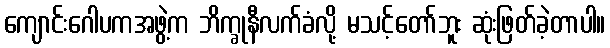
ကျောင်းဂေါပကအဖွဲ့က ဘိက္ခုနီလက်ခံလို့ မသင့်တော်ဘူး ဆုံးဖြတ်ခဲ့တာပါ။